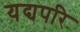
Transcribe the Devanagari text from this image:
यद्यपरि